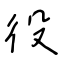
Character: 役